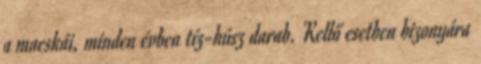
a macskái, minden évben tíz-húsz darab. Kellő esetben bizonyára